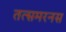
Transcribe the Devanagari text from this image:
तत्समरनस